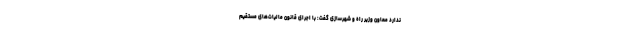
ندارد معاون وزیر راه و شهرسازی گفت: با اجرای قانون مالیات‌های مستقیم